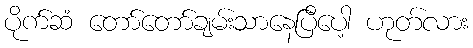
ပိုက်ဆံ တော်တော်ချမ်းသာနေပြီပေါ့ ဟုတ်လား